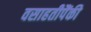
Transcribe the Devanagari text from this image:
वसाहतीपैंकी